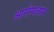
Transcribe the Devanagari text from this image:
आरोग्यलाभ